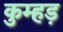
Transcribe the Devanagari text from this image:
कुम्हड़